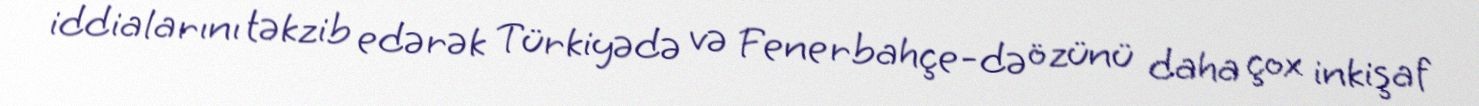
iddialarını təkzib edərək Türkiyədə və Fenerbahçe-də özünü daha çox inkişaf